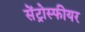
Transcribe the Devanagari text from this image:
सेंट्रोस्फीयर